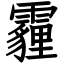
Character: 霾